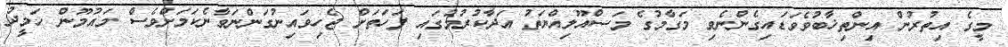
މީގެ އިތުރުން އިންތިޚާބުވެވަޑައިގެންނެވި މަގާމުގެ މަސްއޫލިއްޔަތު އަދާކުރުމުގައި ފަހަތަށް ޖެހިވައިނުގަންނަވާނެކަމަށްވެސް މައުމޫން ހަމީދު